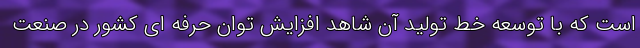
است که با توسعه خط تولید آن شاهد افزایش توان حرفه ای کشور در صنعت